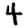
Digit: 4